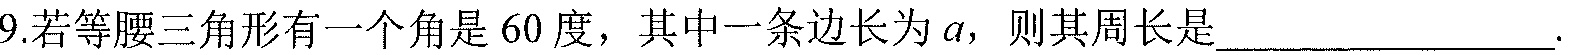
9.若等腰三角形有一个角是\(60\)度，其中一条边长为\(a\)，则其周长是\underline{\qquad}.